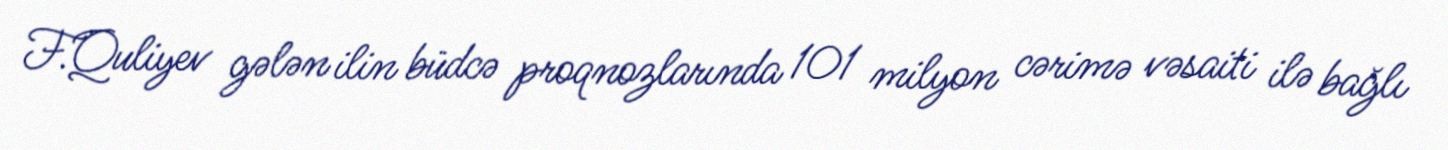
F.Quliyev gələn ilin büdcə proqnozlarında 101 milyon cərimə vəsaiti ilə bağlı